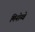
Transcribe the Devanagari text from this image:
मिनोग्वे